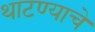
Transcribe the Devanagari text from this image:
थाटण्याचे